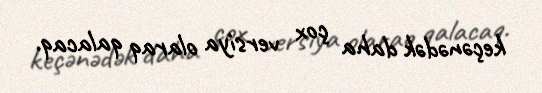
keçənədək daha çox versiya olaraq qalacaq.